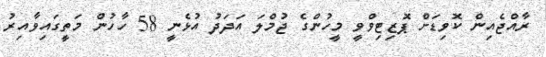
ރާއްޖެއިން ކޮވިޑަށް ޕޮޒިޓިވްވީ މީހުންގެ ޖުމްލަ އަދަދު އުޅެނީ 58 ހާހުން މަތީގައިވާއިރު